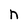
Character: n